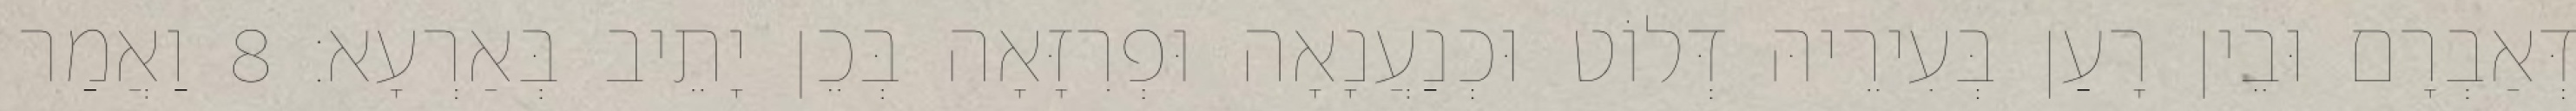
דְּאַבְרָם וּבֵין רָעַן בְּעִירֵיהּ דְּלוֹט וּכְנַעֲנָאָה וּפְרִזָּאָה בְּכֵן יָתֵיב בְּאַרְעָא׃ 8 וַאֲמַר